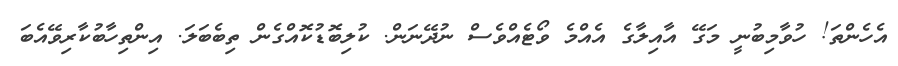
އެހެންތަ! ހުވާމިބުނީ މަގޭ އާއިލާގެ އެއްމެ ވޯޓެއްވެސް ނުދޭނަން. ކުލިބޮޑުކޮއްގެން ތިބެބަލަ. އިންތިހާބުކާރިވޭއެބަ